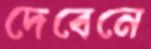
দেবেনে